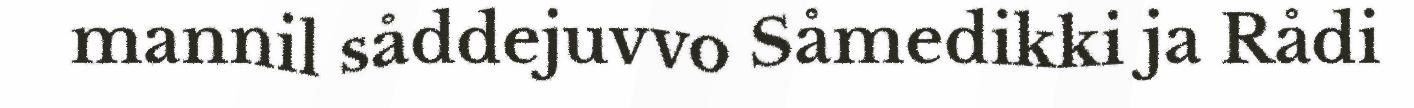
mannil såddejuvvo Såmedikki ja Rådi